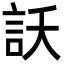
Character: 訞